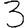
Digit: 3